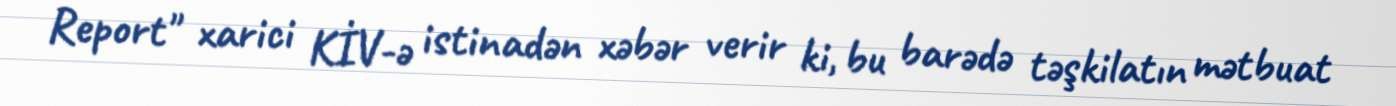
Report" xarici KİV-ə istinadən xəbər verir ki, bu barədə təşkilatın mətbuat